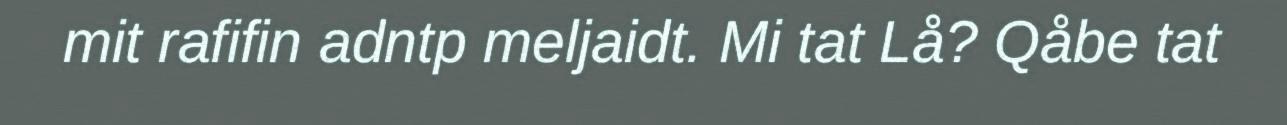
mit rafifin adntp meljaidt. Mi tat Lå? Qåbe tat